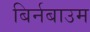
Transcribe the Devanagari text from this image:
बिर्नबाउम